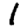
Digit: 1